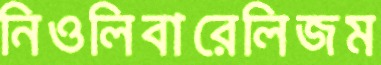
নিওলিবারেলিজম